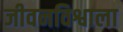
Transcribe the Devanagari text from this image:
जीवनविश्वाला